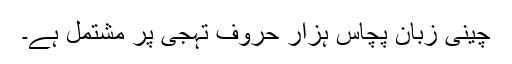
چینی زبان پچاس ہزار حروفِ تہجی پر مشتمل ہے۔